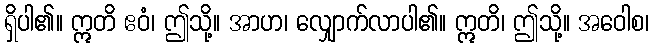
ရှိပါ၏။ ဣတိ ဧဝံ၊ ဤသို့။ အာဟ၊ လျှောက်လာပါ၏။ ဣတိ၊ ဤသို့။ အဝေါစ၊